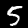
Label: 5